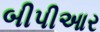
બીપીઆર